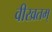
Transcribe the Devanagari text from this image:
वीरव्रतम्‌